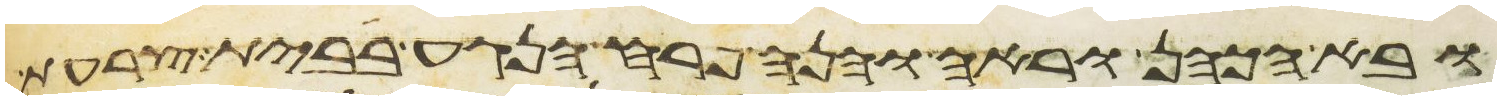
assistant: ובא הכהן וראה והנה פרח הנגע בבית צרעת